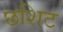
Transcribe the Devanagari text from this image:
छशिट